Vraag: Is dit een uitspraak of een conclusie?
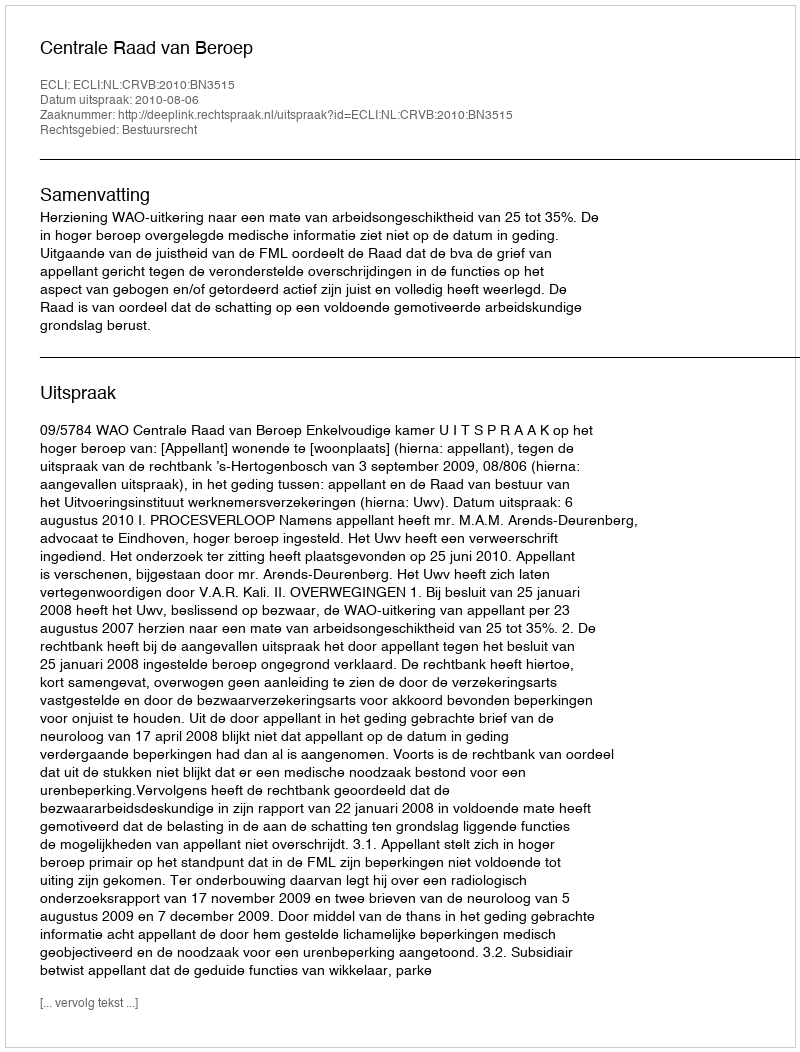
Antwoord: Uitspraak